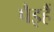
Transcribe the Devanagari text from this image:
पैइहैं